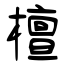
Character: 檀